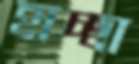
হাচ্ছা